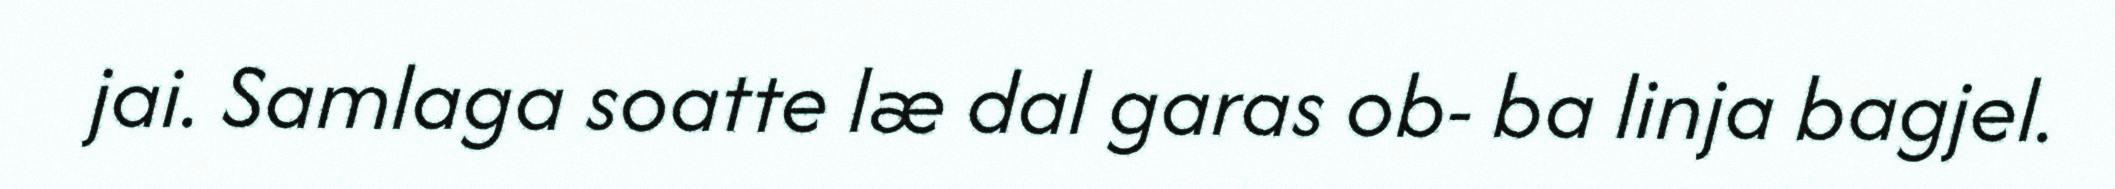
jai. Samlaga soatte læ dal garas ob- ba linja bagjel.